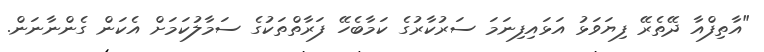
"އާތިފްއާ ދޭތެރޭ ފިޔަވަޅު އަޅައިފިނަމަ ސަރުކާރުގެ ކަމާބެހޭ ފަރާތްތަކުގެ ސަމާލުކަމަށް އެކަން ގެންނާނަން.